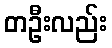
တဦးလည်း